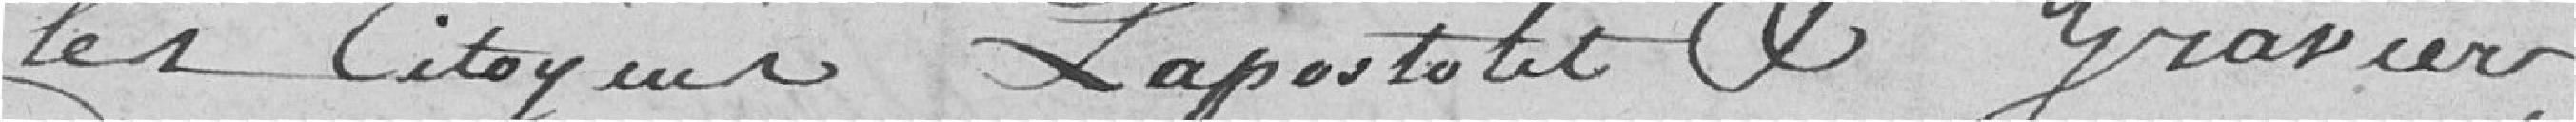
les Citoyen Lapostolet et Gravier